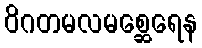
ဝိဂတမလမစ္ဆေရေန